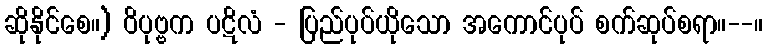
ဆိုနိုင်စေ။) ဝိပုဗ္ဗက ပဋိလံ - ပြည်ပုပ်ယိုသော အကောင်ပုပ် စက်ဆုပ်စရာ။--။